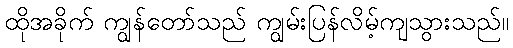
ထိုအခိုက် ကျွန်တော်သည် ကျွမ်းပြန်လိမ့်ကျသွားသည်။